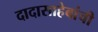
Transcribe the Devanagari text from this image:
दादासाहेबांची